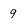
Character: 9